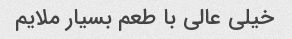
خیلی عالی با طعم بسیار ملایم